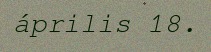
április 18.